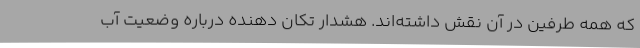
که همه طرفین در آن نقش داشته‌اند. هشدار تکان دهنده درباره وضعیت آب